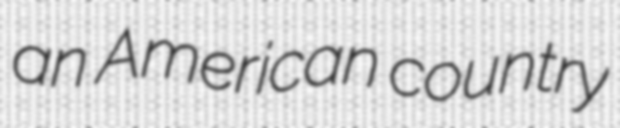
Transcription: an American country